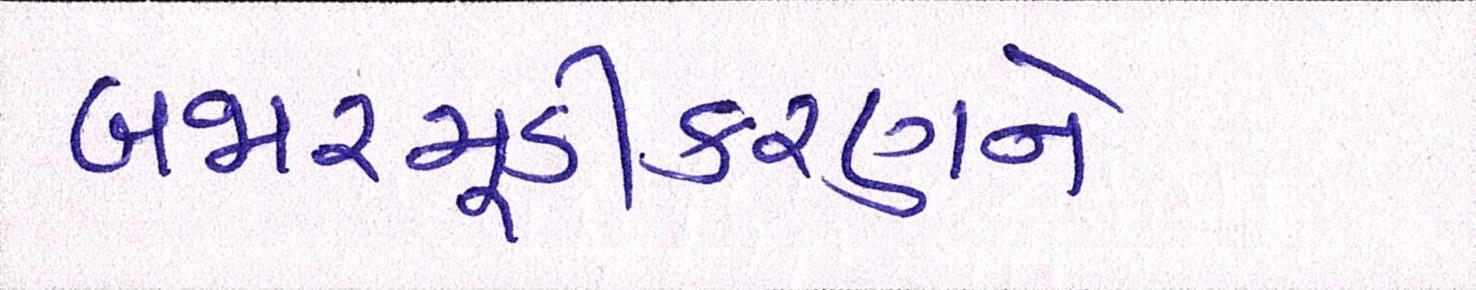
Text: બજારમૂડીકરણને